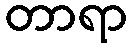
တာရာ